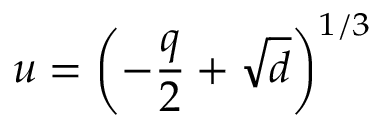
u = \left( - \frac { q } { 2 } + \sqrt { d } \right) ^ { 1 / 3 }